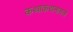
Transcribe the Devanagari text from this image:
कथाकथनातले